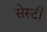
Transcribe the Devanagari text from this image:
सेस्टी